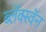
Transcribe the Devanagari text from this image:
ब्लॅक्स्वॅन